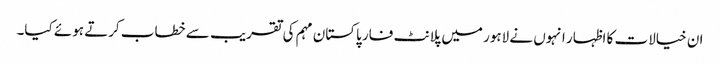
ان خیالات کا اظہار انہوں نے لاہور میں پلانٹ فار پاکستان مہم کی تقریب سے خطاب کرتے ہوئے کیا۔